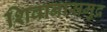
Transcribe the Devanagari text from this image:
शिवानासमुद्र